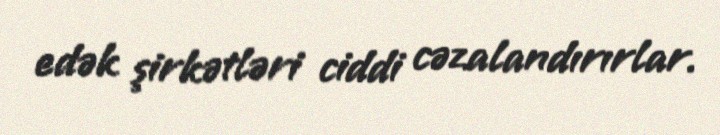
edək şirkətləri ciddi cəzalandırırlar.